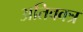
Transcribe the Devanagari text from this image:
अतिवक्त्र